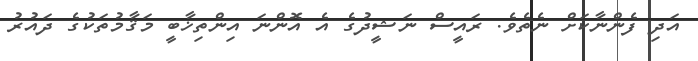
އަދި ފެންނާކަށް ނެތެވެ. ރައީސް ނަޝީދުގެ އެ އޮންނަ އިންތިޚާބީ މަޤާމުތަކުގެ ދައުރު